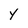
Character: y